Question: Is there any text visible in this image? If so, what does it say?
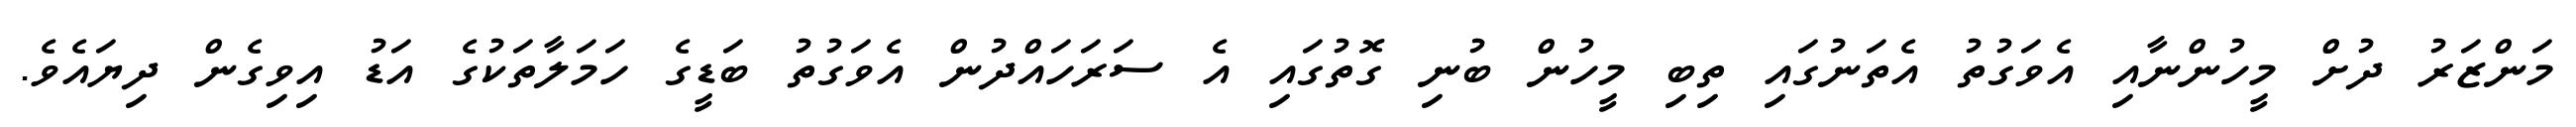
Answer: މަންޒަރު ދުށް މީހުންނާއި އެވަގުތު އެތަނުގައި ތިބި މީހުން ބުނި ގޮތުގައި އެ ސަރަހައްދުން އެވަގުތު ބަޑީގެ ހަމަލާތަކުގެ އަޑު އިވިގެން ދިޔައެވެ.